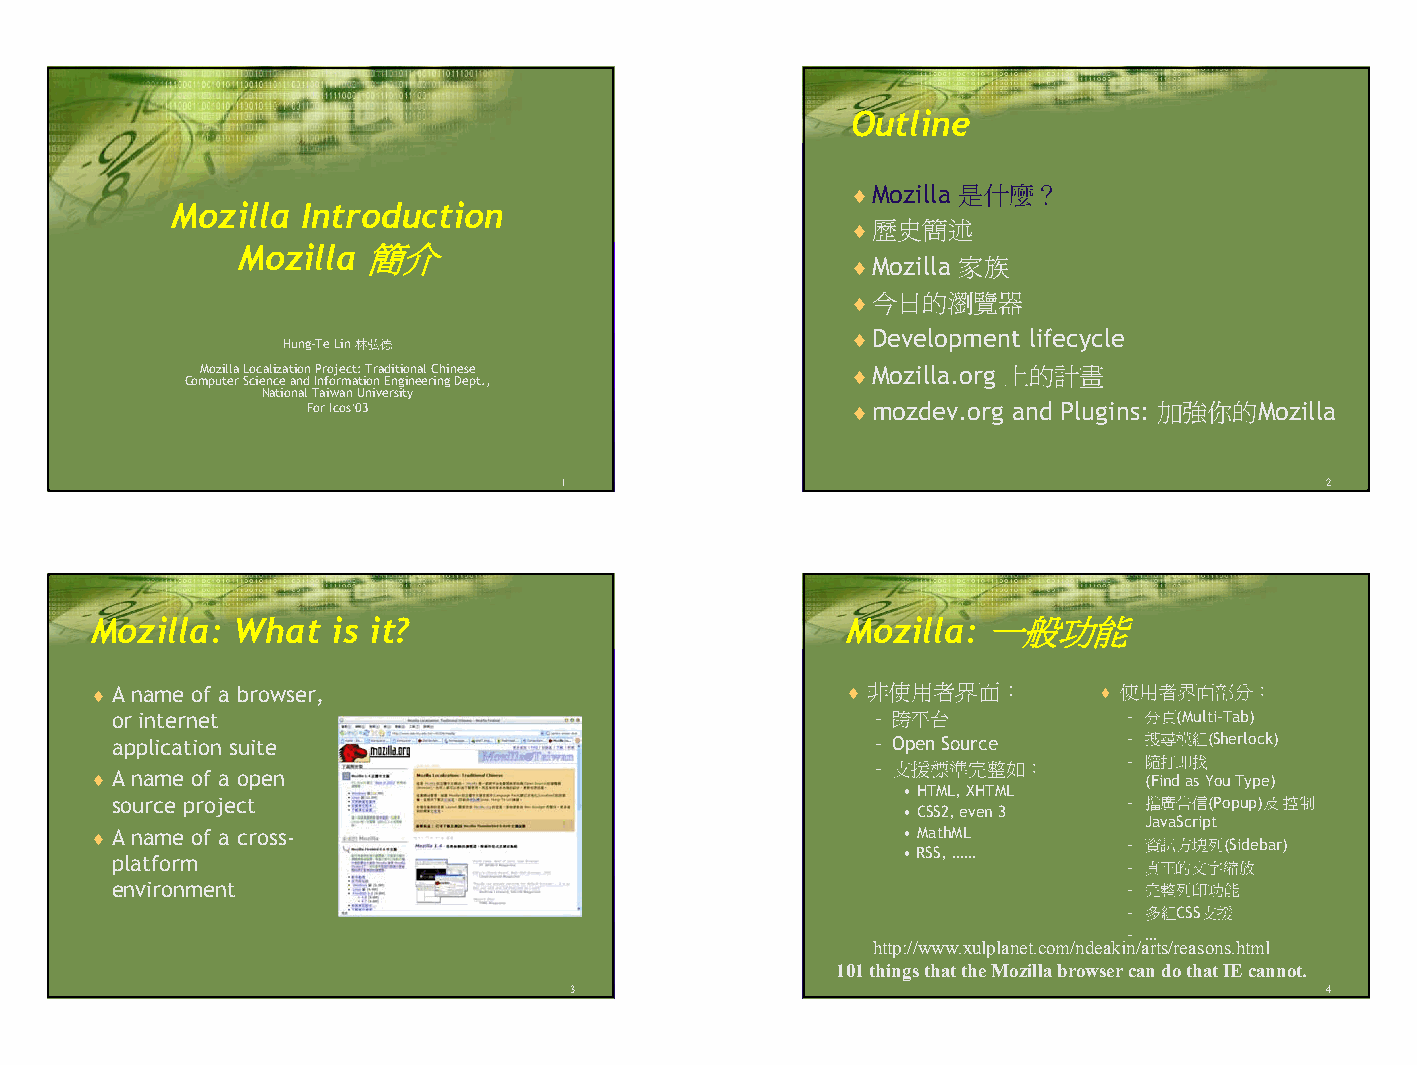
Outline
 ♦Mozilla 是什麼？
 Mozilla Introduction
 ♦歷史簡述
 Mozilla 簡介
 ♦Mozilla 家族
 ♦今日的瀏覽器
 ♦Development lifecycle
 Hung-Te Lin 林弘德
 Mozilla Localization Project: Traditional Chinese ♦Mozilla.org 上的計畫
 Computer Science and Information Engineering Dept.,
 National Taiwan University
 For Icos’03                         ♦mozdev.org and Plugins: 加強你的Mozilla
 1                                                  2
 Mozilla:  What  is it?                            Mozilla: 一般功能
 ♦ A name of a browser,                            ♦ 非使用者界面：        ♦ 使用者界面部分：
 or internet                                       – 跨平台            – 分頁(Multi-Tab)
 application suite                                 – Open Source    – 搜尋模組(Sherlock)
 – 支援標準完整如：       – 隨打即找
 ♦ A name of a open                                                    (Find as You Type)
 •HTML, XHTML
 source project                                                     – 擋廣告信(Popup)及控制
 •CSS2, even 3
 JavaScript
 ♦ A name of a cross-                                  •MathML
 – 資訊方塊列(Sidebar)
 •RSS, ……
 platform                                                           – 真正的文字縮放
 environment                                                        – 完整列印功能
 – 多組CSS支援
 – …
 http://www.xulplanet.com/ndeakin/arts/reasons.html
 101 things that the Mozilla browser can do that IE cannot.
 3                                                 4
 1